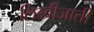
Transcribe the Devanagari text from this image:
लिखीजाती